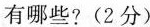
有哪些？(2分)